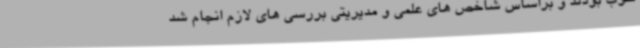
خوب بودند و براساس شاخص های علمی و مدیریتی بررسی های لازم انجام شد